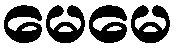
မေမေ